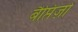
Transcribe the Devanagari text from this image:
बैप्तिज़ो